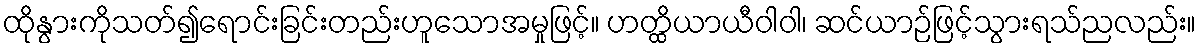
ထိုနွားကိုသတ်၍ရောင်းခြင်းတည်းဟူသောအမှုဖြင့်။ ဟတ္ထိယာယီဝါဝါ၊ ဆင်ယာဉ်ဖြင့်သွားရသ်ညလည်း။